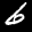
Label: 6